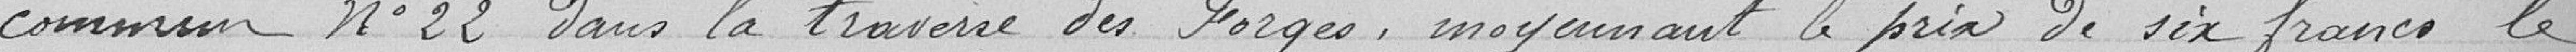
commun n°22 dans la traverse des Forges, moyennant le prix  de six francs le